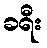
ခရီး